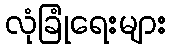
လုံခြုံရေးများ